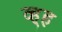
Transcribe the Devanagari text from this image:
व्ह्ह